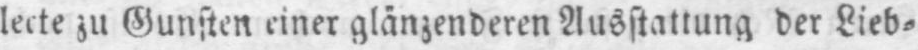
lecte zu Gunsten einer glänzenderen Ausstattung der Lieb⸗